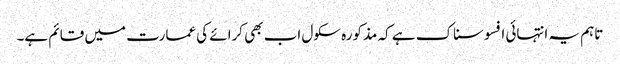
تاہم یہ انتہائی افسوسناک ہے کہ مذکورہ سکول اب بھی کرائے کی عمارت میں قائم ہے۔